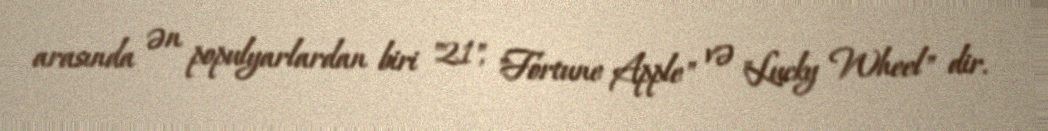
arasında ən populyarlardan biri "21", "Fortune Apple" və "Lucky Wheel" dir.